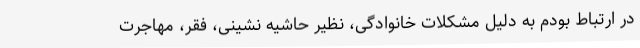
در ارتباط بودم به دلیل مشکلات خانوادگی، نظیر حاشیه نشینی، فقر، مهاجرت